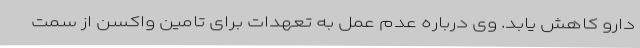
دارو کاهش یابد. وی درباره عدم عمل به تعهدات برای تامین واکسن از سمت